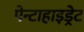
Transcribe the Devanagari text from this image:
पेन्टाहाइड्रेट